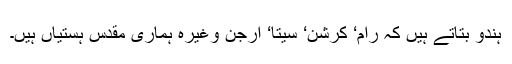
ہندو بتاتے ہیں کہ رام‘ کرشن‘ سیتا‘ ارجن وغیرہ ہماری مقدس ہستیاں ہیں۔